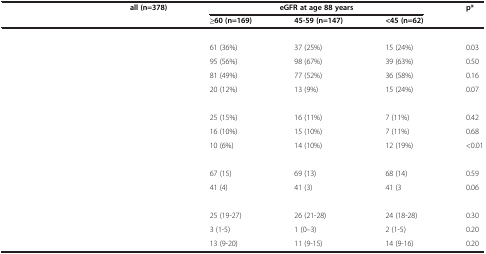
<table><thead><tr><td rowspan="2">[EMPTY_CELL]</td><td rowspan="2"><b>all (n=378)</b></td><td colspan="3"><b>eGFR at age 88 years</b></td><td rowspan="2"><b>p*</b></td></tr><tr><td><b>≥60 (n=169)</b></td><td><b>45-59 (n=147)</b></td><td><b>&lt;45 (n=62)</b></td></tr></thead><tbody><tr><td colspan="6">[EMPTY_CELL]</td></tr><tr><td>[EMPTY_CELL]</td><td>[EMPTY_CELL]</td><td>61 (36%)</td><td>37 (25%)</td><td>15 (24%)</td><td>0.03</td></tr><tr><td>[EMPTY_CELL]</td><td>[EMPTY_CELL]</td><td>95 (56%)</td><td>98 (67%)</td><td>39 (63%)</td><td>0.50</td></tr><tr><td>[EMPTY_CELL]</td><td>[EMPTY_CELL]</td><td>81 (49%)</td><td>77 (52%)</td><td>36 (58%)</td><td>0.16</td></tr><tr><td>[EMPTY_CELL]</td><td>[EMPTY_CELL]</td><td>20 (12%)</td><td>13 (9%)</td><td>15 (24%)</td><td>0.07</td></tr><tr><td colspan="6">[EMPTY_CELL]</td></tr><tr><td>[EMPTY_CELL]</td><td>[EMPTY_CELL]</td><td>25 (15%)</td><td>16 (11%)</td><td>7 (11%)</td><td>0.42</td></tr><tr><td>[EMPTY_CELL]</td><td>[EMPTY_CELL]</td><td>16 (10%)</td><td>15 (10%)</td><td>7 (11%)</td><td>0.68</td></tr><tr><td>[EMPTY_CELL]</td><td>[EMPTY_CELL]</td><td>10 (6%)</td><td>14 (10%)</td><td>12 (19%)</td><td>&lt;0.01</td></tr><tr><td colspan="6">[EMPTY_CELL]</td></tr><tr><td>[EMPTY_CELL]</td><td>[EMPTY_CELL]</td><td>67 (15)</td><td>69 (13)</td><td>68 (14)</td><td>0.59</td></tr><tr><td>[EMPTY_CELL]</td><td>[EMPTY_CELL]</td><td>41 (4)</td><td>41 (3)</td><td>41 (3</td><td>0.06</td></tr><tr><td colspan="6">[EMPTY_CELL]</td></tr><tr><td>[EMPTY_CELL]</td><td>[EMPTY_CELL]</td><td>25 (19-27)</td><td>26 (21-28)</td><td>24 (18-28)</td><td>0.30</td></tr><tr><td>[EMPTY_CELL]</td><td>[EMPTY_CELL]</td><td>3 (1-5)</td><td>1 (0–3)</td><td>2 (1-5)</td><td>0.20</td></tr><tr><td>[EMPTY_CELL]</td><td>[EMPTY_CELL]</td><td>13 (9-20)</td><td>11 (9-15)</td><td>14 (9-16)</td><td>0.20</td></tr></tbody></table>